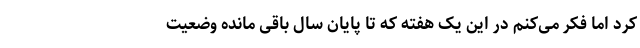
کرد اما فکر می‌کنم در این یک هفته که تا پایان سال باقی مانده وضعیت